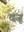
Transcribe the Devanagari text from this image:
वजू